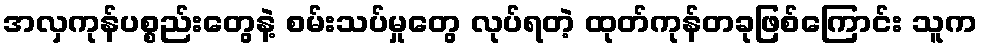
အလှကုန်ပစ္စည်းတွေနဲ့ စမ်းသပ်မှုတွေ လုပ်ရတဲ့ ထုတ်ကုန်တခုဖြစ်ကြောင်း သူက